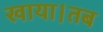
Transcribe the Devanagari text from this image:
खाया।तब